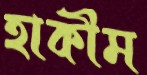
হাকীম